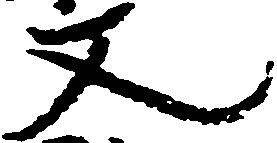
又